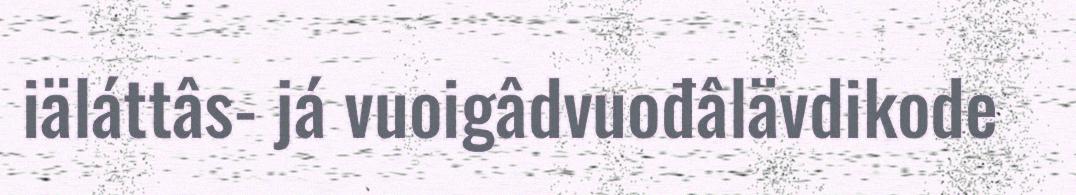
iäláttâs- já vuoigâdvuođâlävdikode